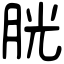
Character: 胱